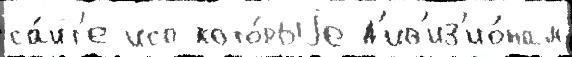
са́йт'е исп кото́рыjе д'ив'из'ио́нам